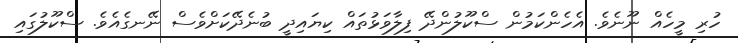
ހުރި މީހެއް ނޫނެވެ. އެހެންކަމުން ސްކޫލުންދޭ ފިލާވަޅުތައް ކިޔައިދީ ބުނެދޭކަށްވެސް ނޭނގެއެވެ. ސްކޫލުގައި